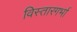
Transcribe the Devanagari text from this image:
विस्तारगर्भा